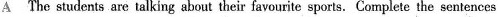
A The students are talking about their favourite sports. Complete the sentences